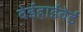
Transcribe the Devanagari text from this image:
बेईहाईवेई